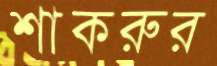
শাকরুর